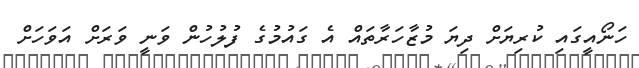
ހަނޯއީގައި ކުރިޔަށް ދިޔަ މުޒާހަރާތައް އެ ގައުމުގެ ފުލުހުން ވަނީ ވަރަށް އަވަހަށް